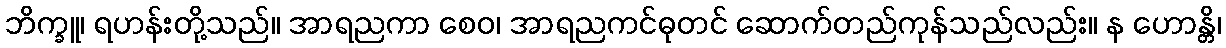
ဘိက္ခူ၊ ရဟန်းတို့သည်။ အာရညကာ စေဝ၊ အာရညကင်ဓုတင် ဆောက်တည်ကုန်သည်လည်း။ န ဟောန္တိ၊